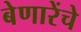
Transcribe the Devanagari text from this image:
बेणारेंचे